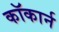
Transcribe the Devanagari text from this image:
कॉकार्न